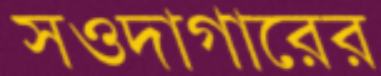
সওদাগারের